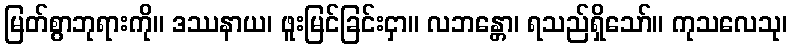
မြတ်စွာဘုရားကို။ ဒဿနာယ၊ ဖူးမြင်ခြင်းငှာ။ လဘန္တော၊ ရသည်ရှိသော်။ ကုသလေသု၊